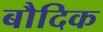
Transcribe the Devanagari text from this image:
बौदिक